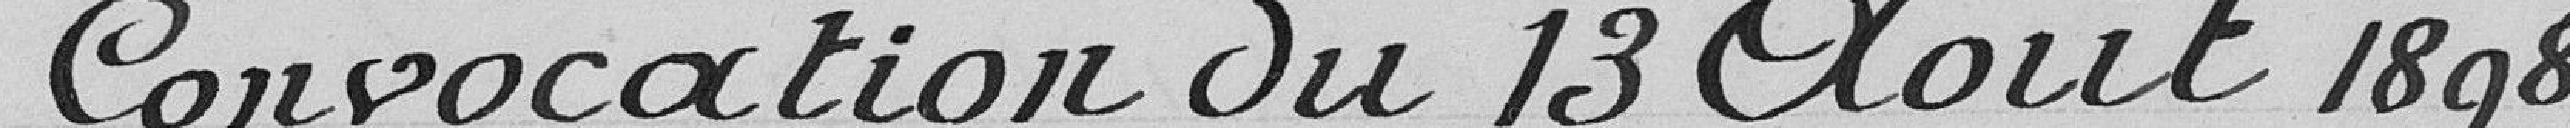
Convocation du 13 Août 1898